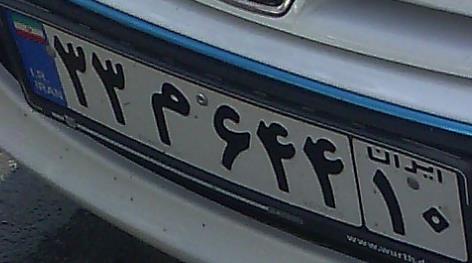
۳۳م۶۴۴۱۰